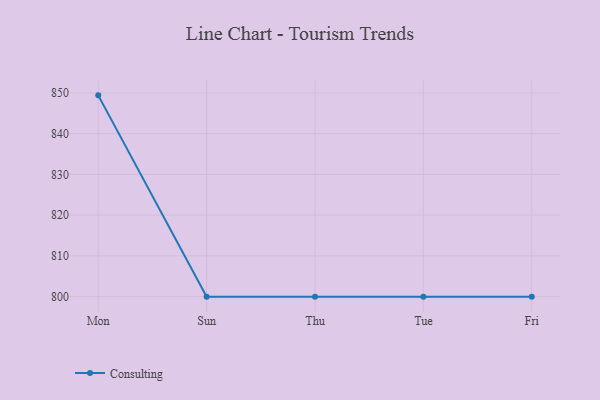
{"axis": {"x": "Day", "y": "Headcount"}, "legend": ["Consulting"], "data": [{"x": "Mon", "y": 849.4, "type": "Consulting"}, {"x": "Sun", "y": 800, "type": "Consulting"}, {"x": "Thu", "y": 800, "type": "Consulting"}, {"x": "Tue", "y": 800, "type": "Consulting"}, {"x": "Fri", "y": 800, "type": "Consulting"}]}